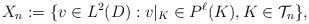
LaTeX: \begin{align*}X_n:=\{ v \in L^2(D) : v|_{K} \in P^\ell(K), K \in {\mathcal T}_n \},\end{align*}